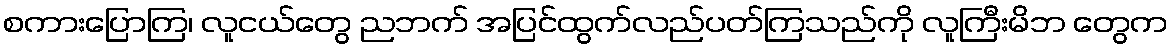
စကားပြောကြ၊ လူငယ်တွေ ညဘက် အပြင်ထွက်လည်ပတ်ကြသည်ကို လူကြီးမိဘ တွေက